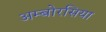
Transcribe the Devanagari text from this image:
अम्बोरसिया